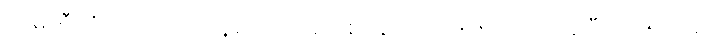
ကုမ္ပဏီကို တရားဝင်နေရာချပေးတဲ့စာချုပ်ကို ၁၇၅၇ မှာ ရရှိပြီး ၁၇၅၉ မှာ